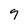
Character: 9